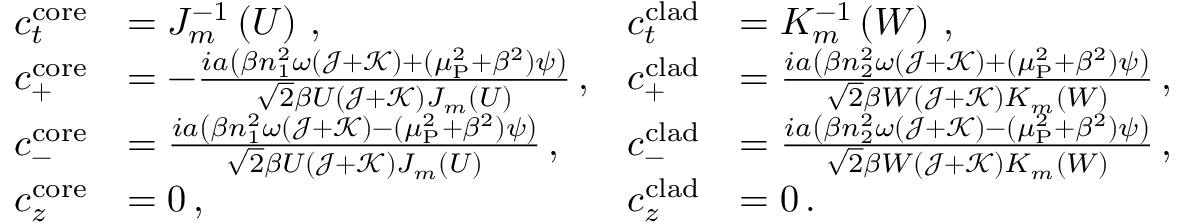
\begin{array} { r l r l } { c _ { t } ^ { \mathrm { c o r e } } } & { = J _ { m } ^ { - 1 } \left( U \right) \, , } & { c _ { t } ^ { \mathrm { c l a d } } } & { = K _ { m } ^ { - 1 } \left( W \right) \, , } \\ { c _ { + } ^ { \mathrm { c o r e } } } & { = - \frac { i a \left( \beta n _ { 1 } ^ { 2 } \omega ( \mathcal { J } + \mathcal { K } ) + ( \mu _ { \mathrm { P } } ^ { 2 } + \beta ^ { 2 } ) \psi \right) } { \sqrt { 2 } \beta U ( \mathcal { J } + \mathcal { K } ) J _ { m } ( U ) } \, , } & { c _ { + } ^ { \mathrm { c l a d } } } & { = \frac { i a \left( \beta n _ { 2 } ^ { 2 } \omega ( \mathcal { J } + \mathcal { K } ) + ( \mu _ { \mathrm { P } } ^ { 2 } + \beta ^ { 2 } ) \psi \right) } { \sqrt { 2 } \beta W ( \mathcal { J } + \mathcal { K } ) K _ { m } ( W ) } \, , } \\ { c _ { - } ^ { \mathrm { c o r e } } } & { = \frac { i a \left( \beta n _ { 1 } ^ { 2 } \omega ( \mathcal { J } + \mathcal { K } ) - ( \mu _ { \mathrm { P } } ^ { 2 } + \beta ^ { 2 } ) \psi \right) } { \sqrt { 2 } \beta U ( \mathcal { J } + \mathcal { K } ) J _ { m } ( U ) } \, , } & { c _ { - } ^ { \mathrm { c l a d } } } & { = \frac { i a \left( \beta n _ { 2 } ^ { 2 } \omega ( \mathcal { J } + \mathcal { K } ) - ( \mu _ { \mathrm { P } } ^ { 2 } + \beta ^ { 2 } ) \psi \right) } { \sqrt { 2 } \beta W ( \mathcal { J } + \mathcal { K } ) K _ { m } ( W ) } \, , } \\ { c _ { z } ^ { \mathrm { c o r e } } } & { = 0 \, , } & { c _ { z } ^ { \mathrm { c l a d } } } & { = 0 \, . } \end{array}